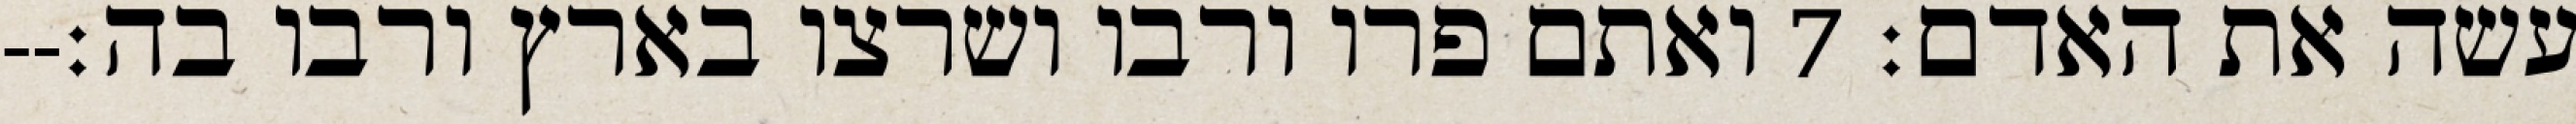
עשה את האדם׃ ‎7‏ ואתם פרו ורבו ושרצו בארץ ורבו בה׃--